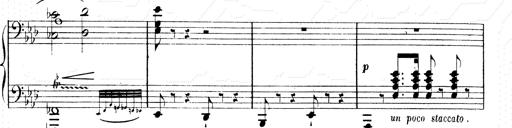
Title: 2 Transcriptions d'aprÃ¨s Rossini
Composer: Franz Liszt